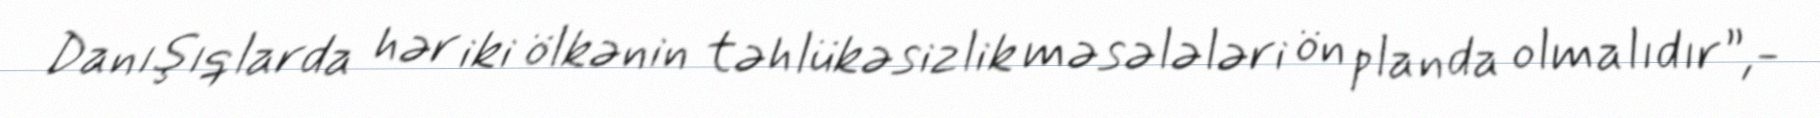
Danışıqlarda hər iki ölkənin təhlükəsizlik məsələləri ön planda olmalıdır”,-